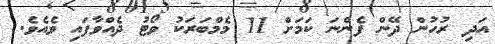
އަދި ރުހުން ދޭން ފެންނަ ކަމަށް 11 މެމްބަރަކު ވޯޓު ދެއްވާފައި ވެއެވެ.